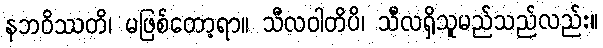
နဘဝိဿတိ၊ မဖြစ်တော့ရာ။ သီလဝါတိပိ၊ သီလရှိသူမည်သည်လည်း။